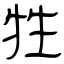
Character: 牲